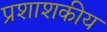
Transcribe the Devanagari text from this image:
प्रशाशकीय